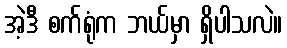
အဲ့ဒီ စက်ရုံက ဘယ်မှာ ရှိပါသလဲ။